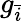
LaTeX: g_{\bar{i}}